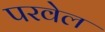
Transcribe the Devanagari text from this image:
परवेल